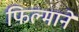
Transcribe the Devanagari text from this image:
फिल्‍माने